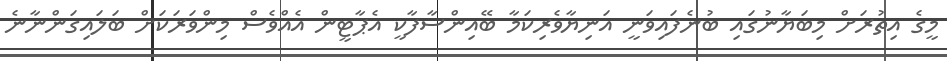
މީގެ އިތުރަށް މިބަޔާނުގައި ބުނެފައިވަނީ އަނިޔާވެރިކަމާ ބޭއިންސާފާކީ އެޕާޓީން އެއްވެސް މިންވަރަކަށް ބަލައިގަންނާނެ